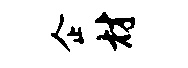
企材